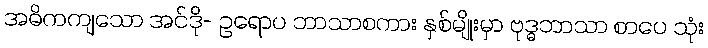
အဓိကကျသော အင်ဒို- ဥရောပ ဘာသာစကား နှစ်မျိုးမှာ ဗုဒ္ဓဘာသာ စာပေ သုံး